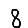
Digit: 8